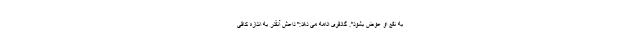
به نفع او عوض بشود". گادفری ادامه می دهد:" داعش آنقدر به اندازه کافی